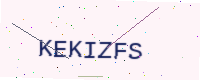
Text: KEKIZFS